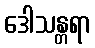
ဒေါသန္တရာ